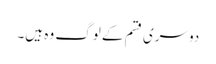
دوسری قسم کے لوگ وہ ہیں۔